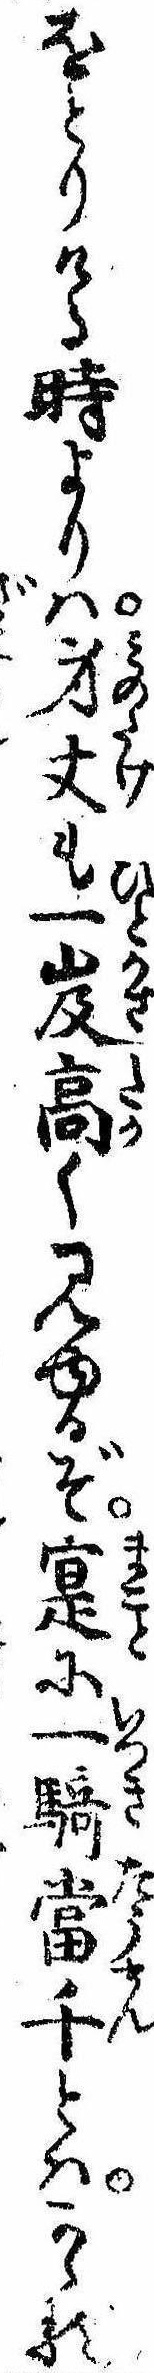
をとりける時よりは身丈も一岌高く見ゆるぞ寔に一騎当千とはかゝる